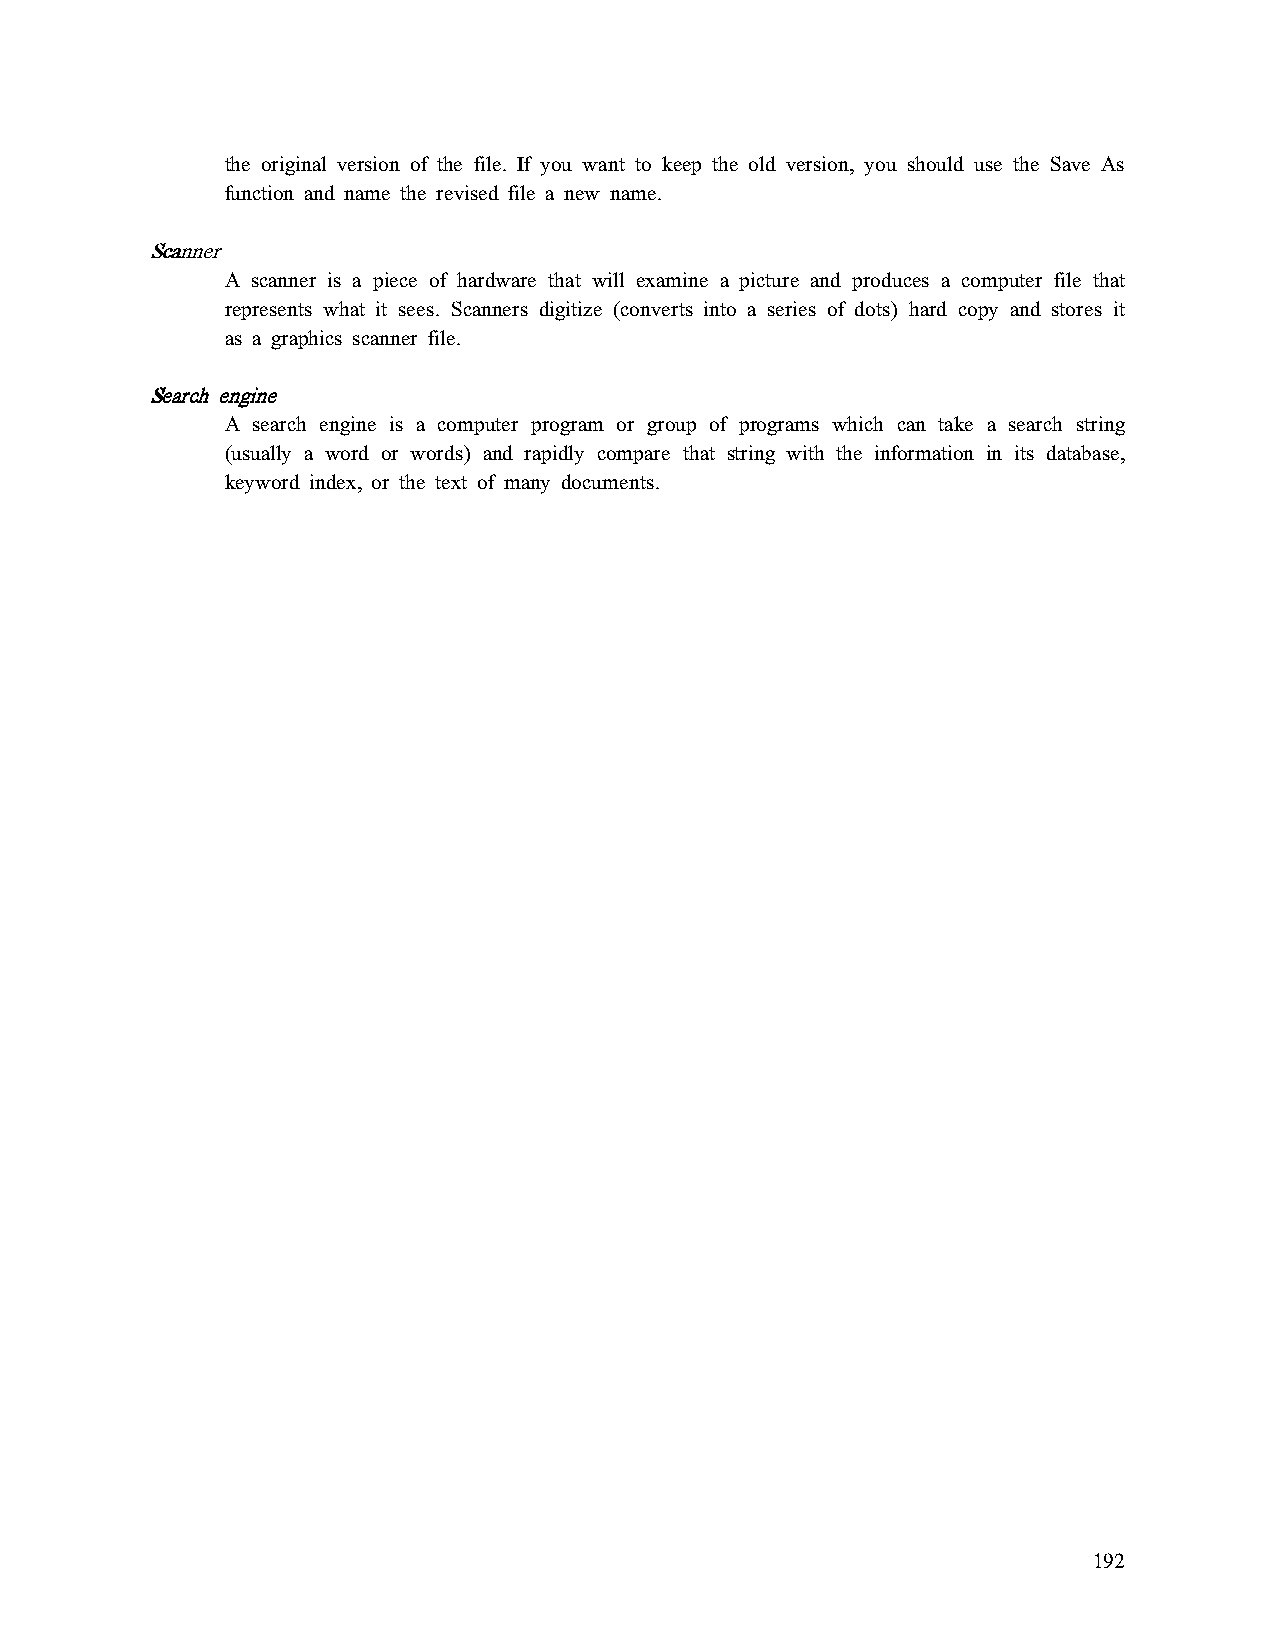
the original version of the file. If you want to keep the old version, you should use the Save As
 function and name the revised file a new name.
 SSSSccccaaaannnnnnnneeeerrrr
 A scanner is a piece of hardware that will examine a picture and produces a computer file that
 represents what it sees. Scanners digitize (converts into a series of dots) hard copy and stores it
 as a graphics scanner file.
 SSSSeeeeaaaarrrrcccchhhh eeeennnnggggiiiinnnneeee
 A search engine is a computer program or group of programs which can take a search string
 (usually a word or words) and rapidly compare that string with the information in its database,
 keyword index, or the text of many documents.
 192